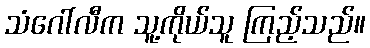
သံဂေါ်လီက သူ့ကိုယ်သူ ကြည့်သည်။